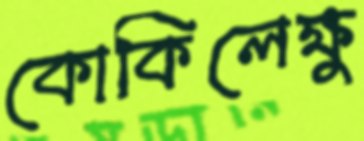
কোকিলেক্ষু